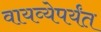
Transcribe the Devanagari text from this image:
वायव्येपर्यंत